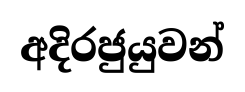
අදිරජුයුවන්